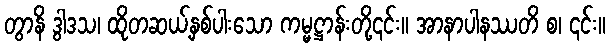
တွာနိ ဒွါဒသ၊ ထိုတဆယ့်နှစ်ပါးသော ကမ္မဋ္ဌာန်းတို့၎င်း။ အာနာပါနဿတိ စ၊ ၎င်း။